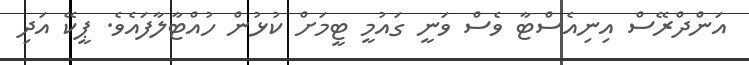
އަންދްރޭސް އިނިއެސްޓާ ވެސް ވަނީ ގައުމީ ޓީމަށް ކުޅުން ހުއްޓާލާފައެވެ. ޕީކޭ އަދި